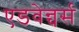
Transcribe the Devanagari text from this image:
एडवेन्चर्स